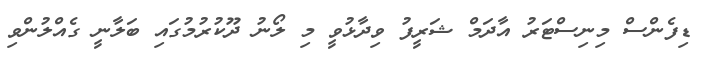
ޑިފެންސް މިނިސްޓަރު އާދަމް ޝަރީފު ވިދާޅުވީ މި ލޯނު ދޫކުރުމުގައި ބަލާނީ ގެއްލުންވި